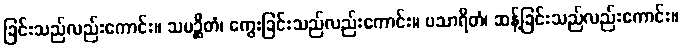
ခြင်းသည်လည်းကောင်း။ သမဉ္ဆိတံ၊ ကွေးခြင်းသည်လည်းကောင်း။ ပသာရိတံ၊ ဆန့်ခြင်းသည်လည်းကောင်း။